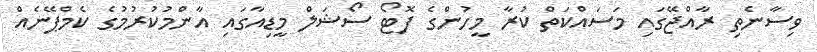
ވިސާނެތި ރާއްޖޭގައި މަސައްކަތް ކުރާ މީހުންގެ ފޮޓޯ ސޯޝަލް މީޑިއާގައި އާންމުކުރުމުގެ ކެމްޕޭނެއް